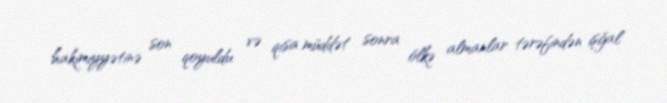
hakimiyyətinə son qoyuldu və qısa müddət sonra ölkə almanlar tərəfindən işğal